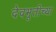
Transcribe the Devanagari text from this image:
देवभूतीच्या